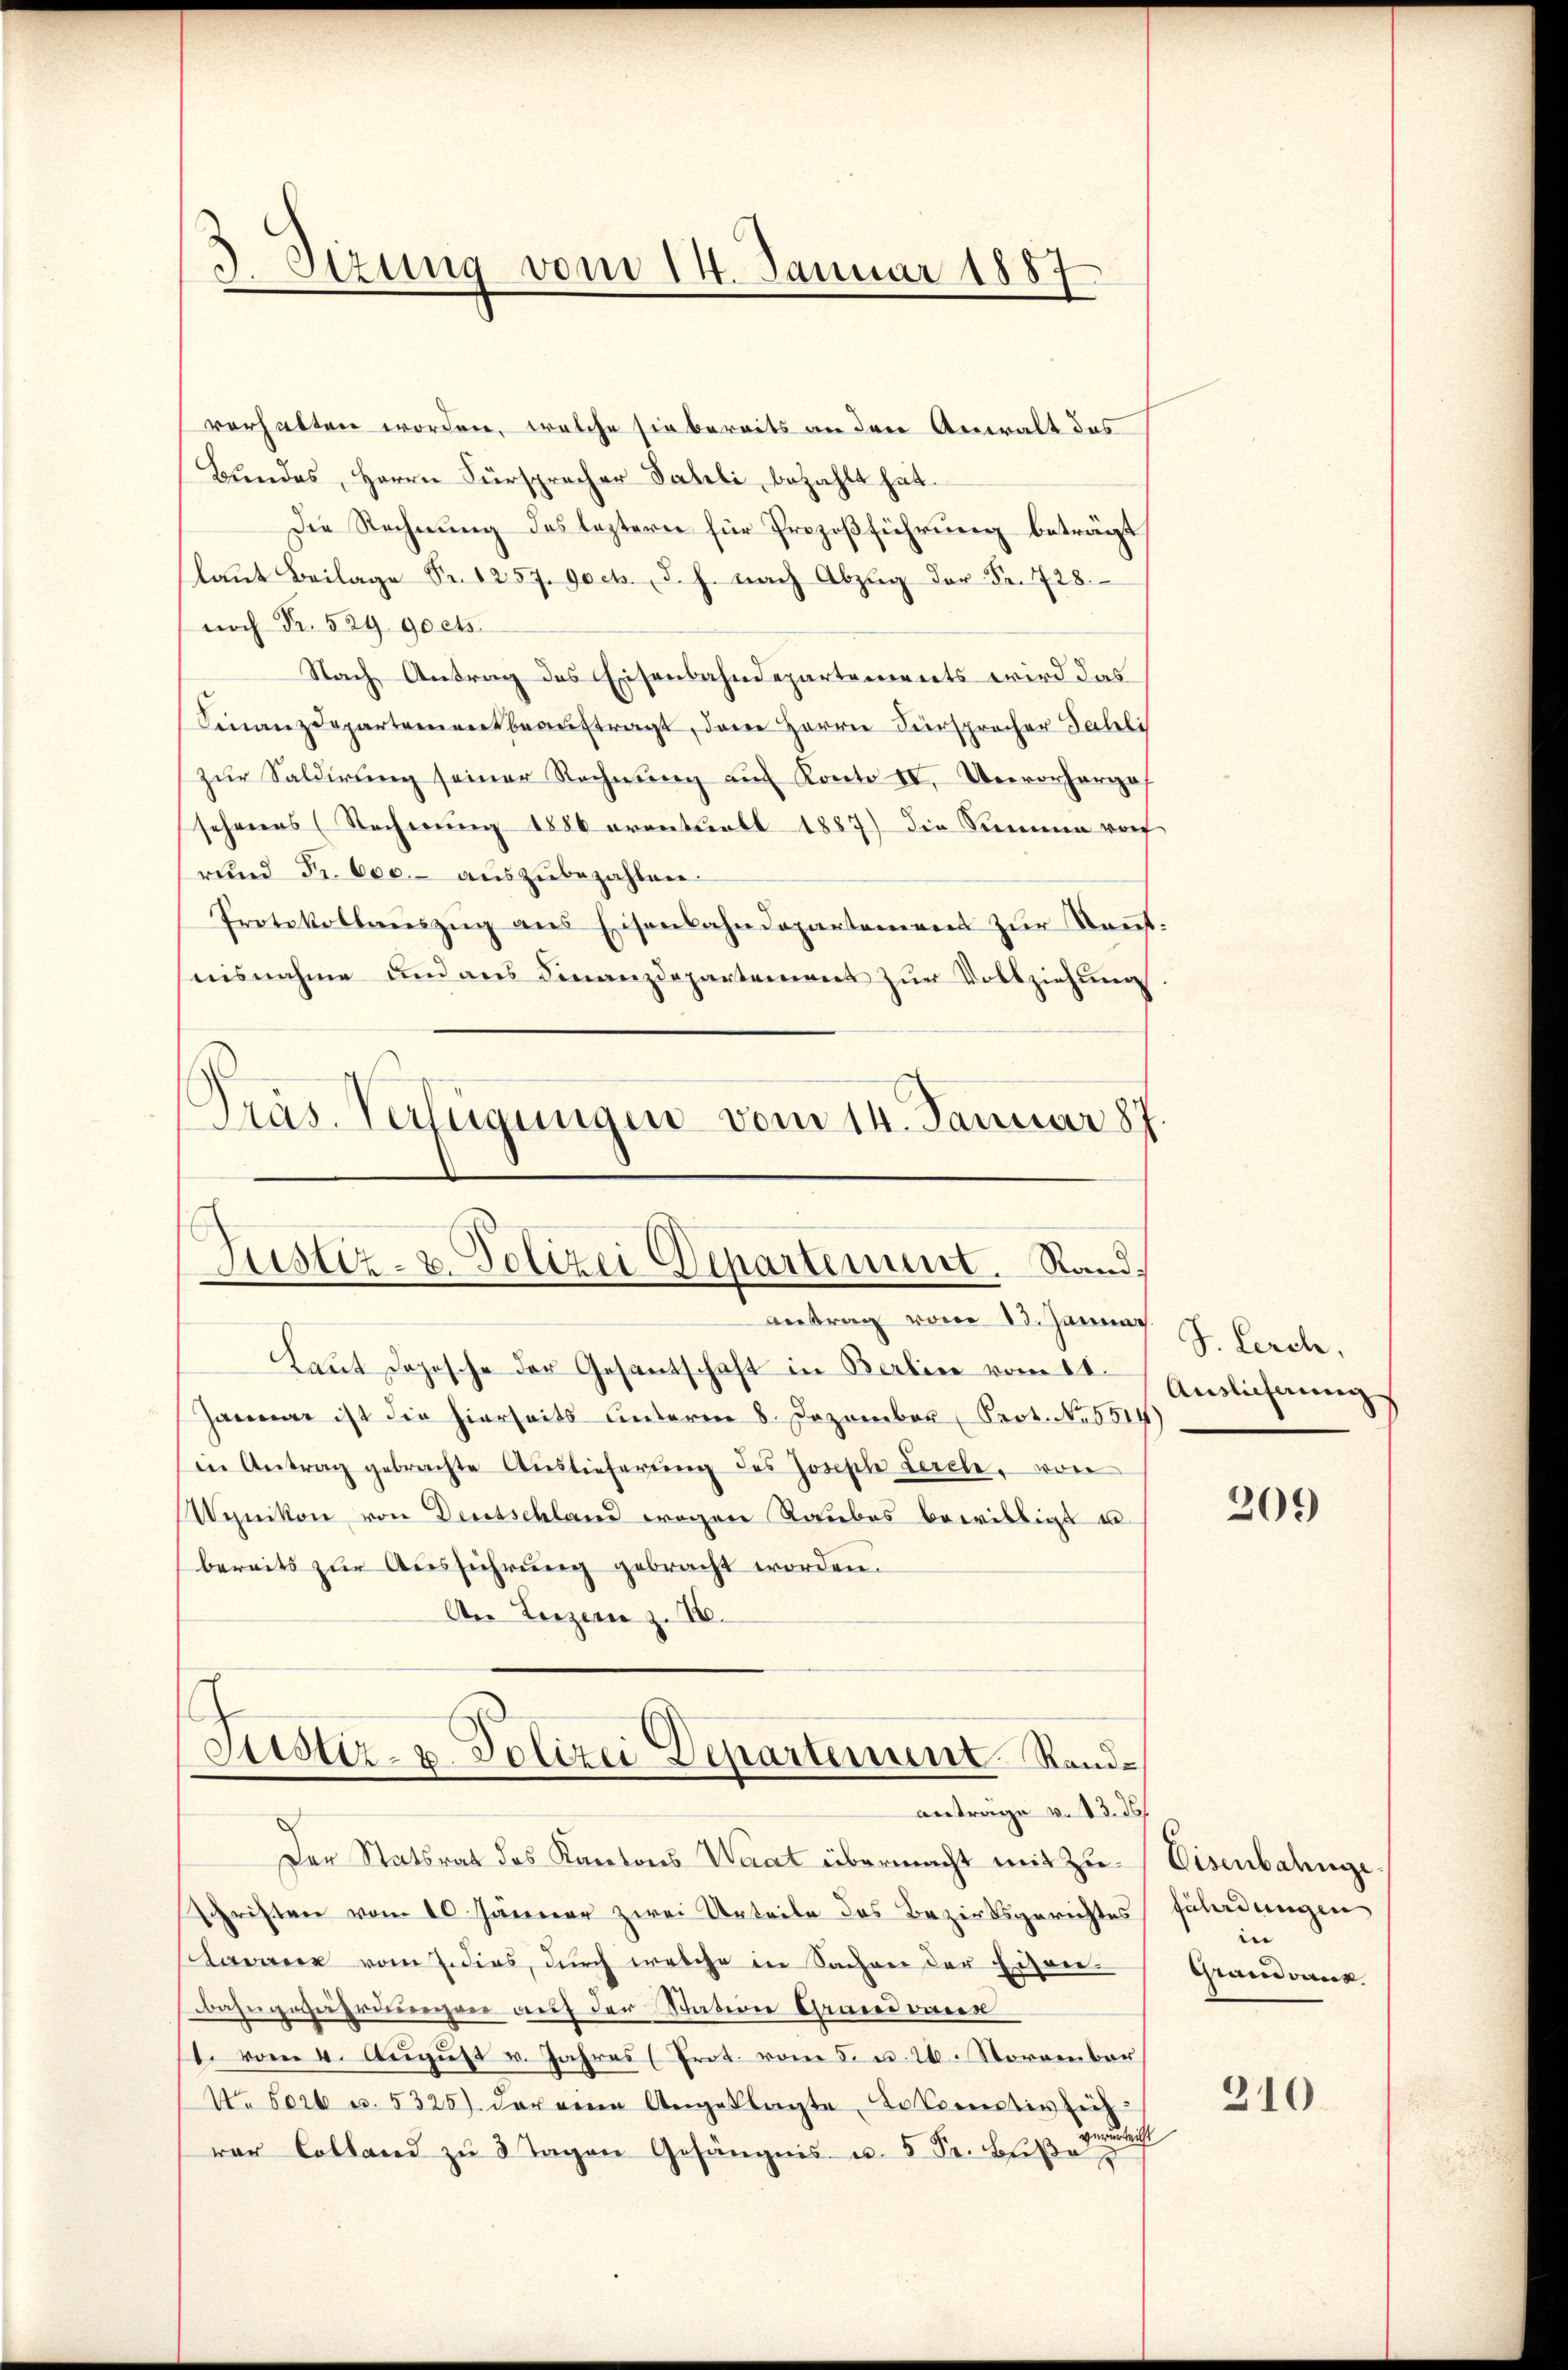
3 Sizung vom 14. Januar 1887

verhalten worden, welche sie bereits an den Anwalt das
Bŭndes, Herrn Fürspracher Pateli, bezahlt hat.
Die Rechnung des leztern für Prozeßführung beträgt,
laŭt Beilage Fr. 1257. 90 cts. d. h. nach Abzug der Fr. 728.
noch Fr. 529 90 cts.
Nach Antrag des Eisenbahndepartements wird das
Finanzdepartement beauftragt, dem Herrn Fürsprocher Sahli
zur Saldirung seiner Rechnung auf Konto IV. Vervorhergef
sehenes (Rechnŭng 1886 eventuell 1887) die Summe vor
rund Fr. 600. aŭszŭbezahlen.
Protokollauszug aus Eisenbahndepartement zur Kenntnisnahme und aus Finanzdepartement zur Vollziehung

Justiz- u. Polizei Departement. Rand¬
Antrag vom 13. Januar

Präs. Verfügungen vom 14. Januar 187.

Laut Dojesche der Gesantschaft in Berlin vom 11.
Januar ist die hierseits unterm 8. Dezember Prot. N. 551
in Antrag gebrachte Aŭslieferŭng des Joseph Lercle, von
Wynikon von Deutschland wegen Raubes bewilligt u.
bereits zur Ausführung gebracht worden.
An Luzern z. 16.

Justiz- u. Polizei Departement. Sandantrage v. 13. ds.
Der Statsrat des Kantons Waat übermacht mit Zu¬

Schriften vom 10. Jänner zwei Urteile das Bezirksgerichtes Führdungen
sharrer vom 7. dies, durch welche in Sachen der Eisen-
bahngestreuerer auf der Station Grand varen
1. vom 4. Aŭgŭst v. Jahres (Prot. vom 5. u. 26. November
V. Serb u. 5325) der eine Angeklagte Lokomotiv sich
verurteilt
rer Colland zŭ 3 Tagen Gefängnis u. 5 Fr. Beiße,

S. Lerch,
Auslicherung

209

Eisenbahnge
e
Grandvanz

210